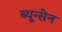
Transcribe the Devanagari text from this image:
ब्यून्सेन